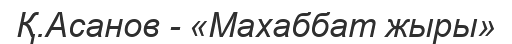
Қ.Асанов - «Махаббат жыры»